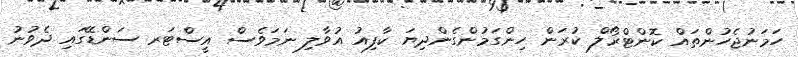
ހަމަނުޖެހުންތައް ކޮންޓްރޯލް ކުރަން ހިންގަމުންގެންދިޔަ ކާފިއު އުވާލި ނަމަވެސް އީސްޓަރ ސަންޑޭގައި ދެވުނު